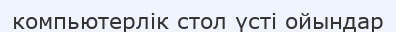
компьютерлік стол үсті ойындар